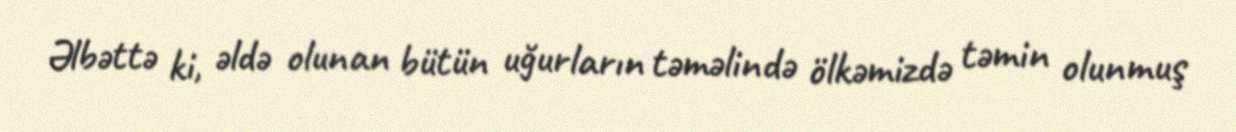
Əlbəttə ki, əldə olunan bütün uğurların təməlində ölkəmizdə təmin olunmuş